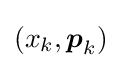
(x_{k},{\boldsymbol {p}}_{k})